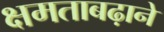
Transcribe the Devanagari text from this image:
क्षमताबढ़ाने